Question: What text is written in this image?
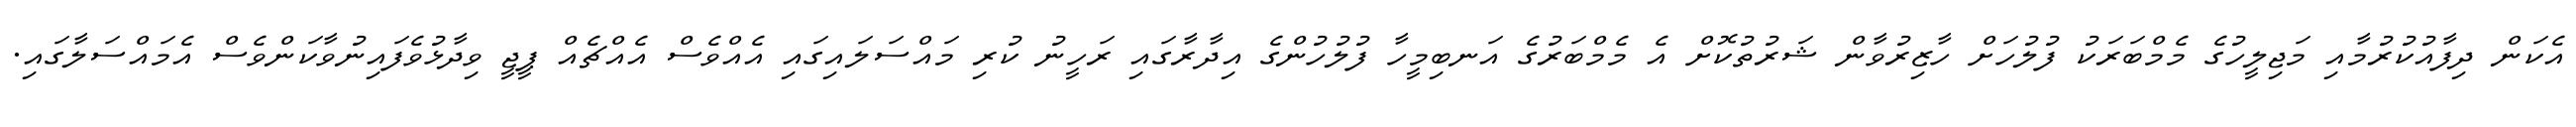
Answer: އެކަން ދިފާއުކުރުމާއި މަޖިލީހުގެ މެމްބަރަކު ފުލުހަށް ހާޒިރުވާން ޝަރުތުކޮށް އެ މެމްބަރުގެ އަނބިމީހާ ފުލުހުންގެ އިދާރާގައި ރަހީނު ކުރި މައްސަލައިގައި އެއްވެސް އެއްޗެއް ޕީޖީ ވިދާޅުވެފައިނުވާކަންވެސް އެމައްސަލާގައި.